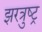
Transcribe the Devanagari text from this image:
झरत्रुष्ट्र